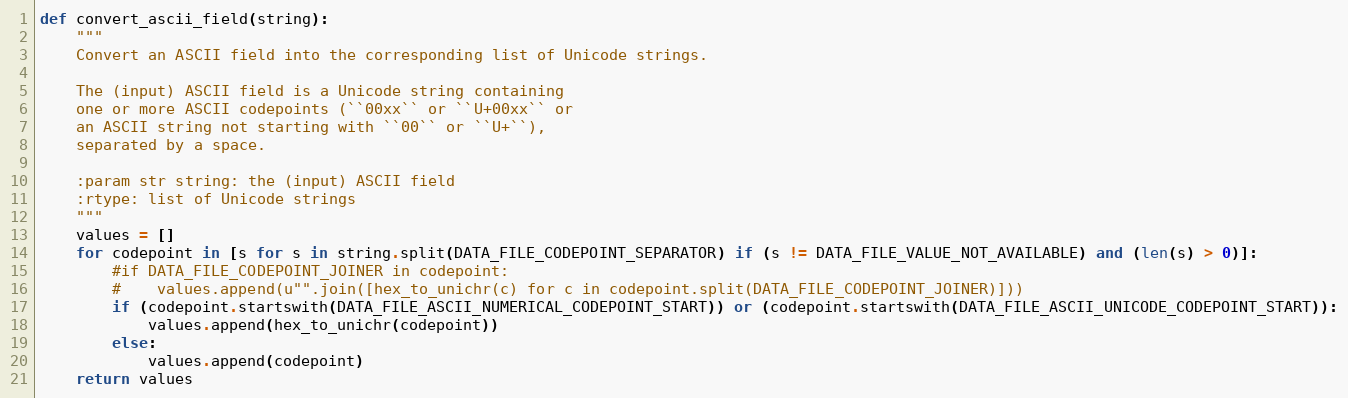
Language: Python
def convert_ascii_field(string):
    """
    Convert an ASCII field into the corresponding list of Unicode strings.

    The (input) ASCII field is a Unicode string containing
    one or more ASCII codepoints (``00xx`` or ``U+00xx`` or
    an ASCII string not starting with ``00`` or ``U+``),
    separated by a space.

    :param str string: the (input) ASCII field
    :rtype: list of Unicode strings
    """
    values = []
    for codepoint in [s for s in string.split(DATA_FILE_CODEPOINT_SEPARATOR) if (s != DATA_FILE_VALUE_NOT_AVAILABLE) and (len(s) > 0)]:
        #if DATA_FILE_CODEPOINT_JOINER in codepoint:
        #    values.append(u"".join([hex_to_unichr(c) for c in codepoint.split(DATA_FILE_CODEPOINT_JOINER)]))
        if (codepoint.startswith(DATA_FILE_ASCII_NUMERICAL_CODEPOINT_START)) or (codepoint.startswith(DATA_FILE_ASCII_UNICODE_CODEPOINT_START)):
            values.append(hex_to_unichr(codepoint))
        else:
            values.append(codepoint)
    return values